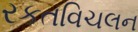
રકતવિચલન